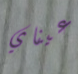
عيناي